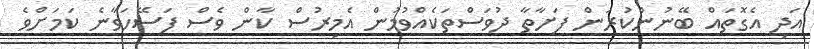
އަދި އެގޮތައް ބޭނުންކުރަން ފަށާތާ ދުވަސްތަކެއްވުމުން އެމިރުސް ކާން ވެސް ފަސޭހަވާނެ ކަމަށްވެ